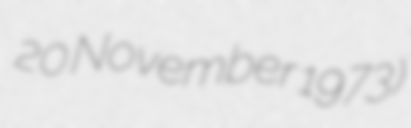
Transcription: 20 November 1973)